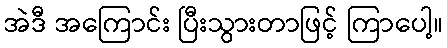
အဲဒီ အကြောင်း ပြီးသွားတာဖြင့် ကြာပေါ့။